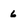
Character: 6